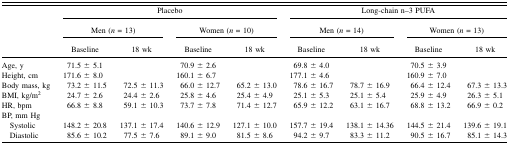
<table><thead><tr><td></td><td colspan="4"><b>Placebo</b></td><td colspan="4"><b>Long-chain n–3 PUFA</b></td></tr><tr><td></td><td colspan="2"><b>Men (<i>n</i> = 13)</b></td><td colspan="2"><b>Women (<i>n</i> = 10)</b></td><td colspan="2"><b>Men (<i>n</i> = 14)</b></td><td colspan="2"><b>Women (<i>n</i> = 13)</b></td></tr><tr><td></td><td><b>Baseline</b></td><td><b>18 wk</b></td><td><b>Baseline</b></td><td><b>18 wk</b></td><td><b>Baseline</b></td><td><b>18 wk</b></td><td><b>Baseline</b></td><td><b>18 wk</b></td></tr></thead><tbody><tr><td>Age, y</td><td>71.5 ± 5.1</td><td></td><td>70.9 ± 2.6</td><td></td><td>69.8 ± 4.0</td><td></td><td>70.5 ± 3.9</td><td></td></tr><tr><td>Height, cm</td><td>171.6 ± 8.0</td><td></td><td>160.1 ± 6.7</td><td></td><td>177.1 ± 4.6</td><td></td><td>160.9 ± 7.0</td><td></td></tr><tr><td>Body mass, kg</td><td>73.2 ± 11.5</td><td>72.5 ± 11.3</td><td>66.0 ± 12.7</td><td>65.2 ± 13.0</td><td>78.6 ± 16.7</td><td>78.7 ± 16.9</td><td>66.4 ± 12.4</td><td>67.3 ± 13.3</td></tr><tr><td>BMI, kg/m<sup>2</sup></td><td>24.7 ± 2.6</td><td>24.4 ± 2.6</td><td>25.8 ± 4.6</td><td>25.4 ± 4.9</td><td>25.1 ± 5.3</td><td>25.1 ± 5.4</td><td>25.9 ± 4.9</td><td>26.3 ± 5.1</td></tr><tr><td>HR, bpm</td><td>66.8 ± 8.8</td><td>59.1 ± 10.3</td><td>73.7 ± 7.8</td><td>71.4 ± 12.7</td><td>65.9 ± 12.2</td><td>63.1 ± 16.7</td><td>68.8 ± 13.2</td><td>66.9 ± 0.2</td></tr><tr><td>BP, mm Hg</td><td></td><td></td><td></td><td></td><td></td><td></td><td></td><td></td></tr><tr><td> Systolic</td><td>148.2 ± 20.8</td><td>137.1 ± 17.4</td><td>140.6 ± 12.9</td><td>127.1 ± 10.0</td><td>157.7 ± 19.4</td><td>138.1 ± 14.36</td><td>144.5 ± 21.4</td><td>139.6 ± 19.1</td></tr><tr><td> Diastolic</td><td>85.6 ± 10.2</td><td>77.5 ± 7.6</td><td>89.1 ± 9.0</td><td>81.5 ± 8.6</td><td>94.2 ± 9.7</td><td>83.3 ± 11.2</td><td>90.5 ± 16.7</td><td>85.1 ± 14.3</td></tr></tbody></table>